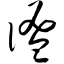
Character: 谧